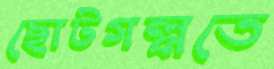
ছোটগল্পতে